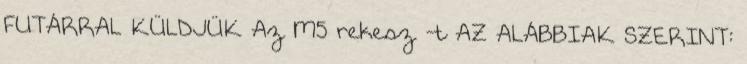
FUTÁRRAL KÜLDJÜK Az M5 rekesz -t AZ ALÁBBIAK SZERINT: